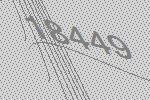
18449